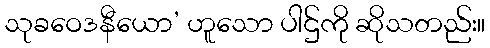
သုခဝေဒနီယော’ ဟူသော ပါဌ်ကို ဆိုသတည်း။